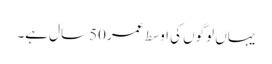
یہاں لوگوں کی اوسط عمر 50 سال ہے۔